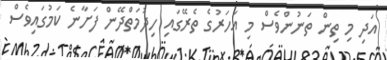
އަދި މި ތިން ތަނުންވެސް މި އަހަރުގެ ތެރޭގައި ހިދުމަތްދޭން ފަށާނެ ކަމުގައިވެސް